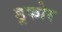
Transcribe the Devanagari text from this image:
डूफोर